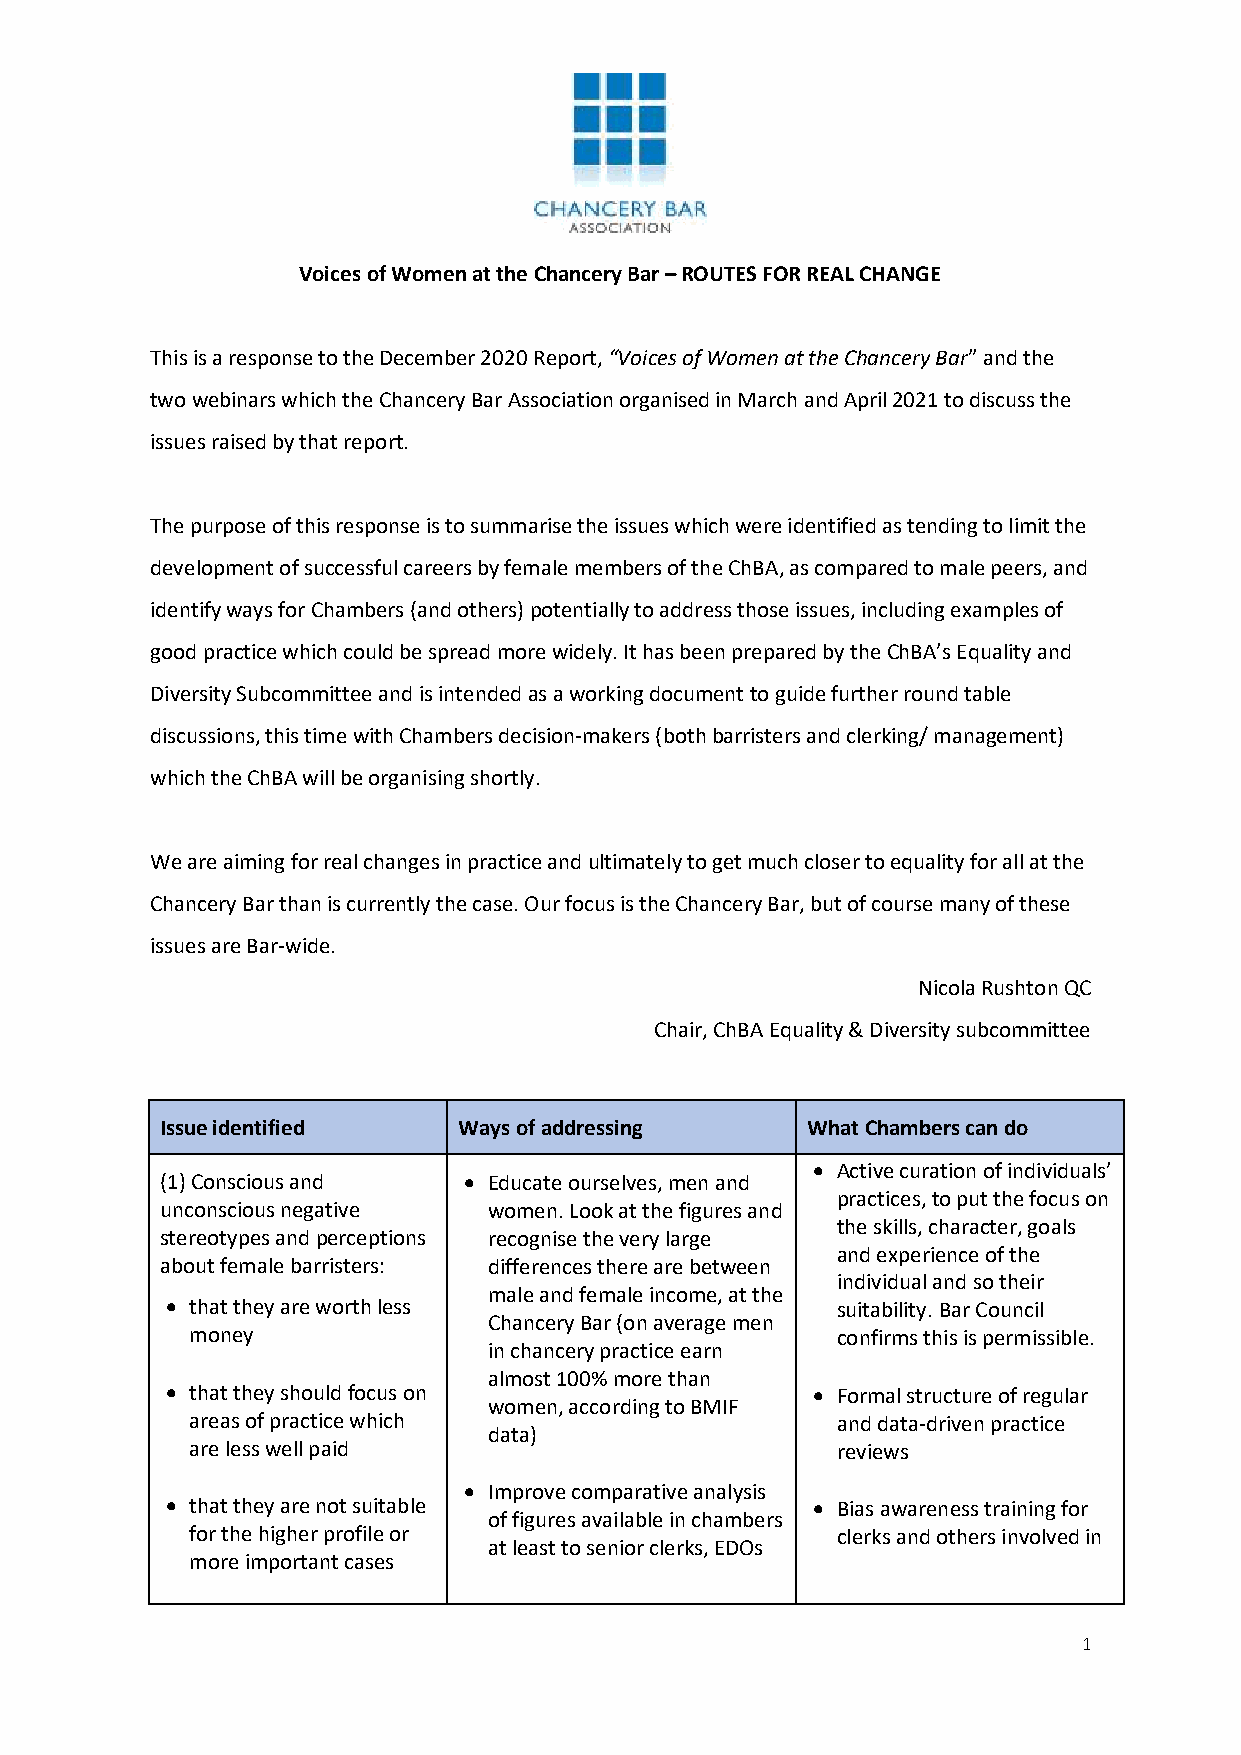
Voices of Women at the Chancery Bar – ROUTES FOR REAL CHANGE
 This is a response to the December 2020 Report, “Voices of Women at the Chancery Bar” and the
 two webinars which the Chancery Bar Association organised in March and April 2021 to discuss the
 issues raised by that report.
 The purpose of this response is to summarise the issues which were identified as tending to limit the
 development of successful careers by female members of the ChBA, as compared to male peers, and
 identify ways for Chambers (and others) potentially to address those issues, including examples of
 good practice which could be spread more widely. It has been prepared by the ChBA’s Equality and
 Diversity Subcommittee and is intended as a working document to guide further round table
 discussions, this time with Chambers decision-makers (both barristers and clerking/ management)
 which the ChBA will be organising shortly.
 We are aiming for real changes in practice and ultimately to get much closer to equality for all at the
 Chancery Bar than is currently the case. Our focus is the Chancery Bar, but of course many of these
 issues are Bar-wide.
 Nicola Rushton QC
 Chair, ChBA Equality & Diversity subcommittee
 Issue identified   Ways of addressing     What Chambers can do
 • Active curation of individuals’
 (1) Conscious and   • Educate ourselves, men and
 practices, to put the focus on
 unconscious negative women. Look at the figures and
 the skills, character, goals
 stereotypes and perceptions recognise the very large
 and experience of the
 about female barristers: differences there are between
 individual and so their
 male and female income, at the
 • that they are worth less                  suitability. Bar Council
 Chancery Bar (on average men
 money                                     confirms this is permissible.
 in chancery practice earn
 almost 100% more than
 • that they should focus on                • Formal structure of regular
 women, according to BMIF
 areas of practice which                   and data-driven practice
 data)
 are less well paid                        reviews
 • Improve comparative analysis
 • that they are not suitable               • Bias awareness training for
 of figures available in chambers
 for the higher profile or                 clerks and others involved in
 at least to senior clerks, EDOs
 more important cases
 1